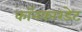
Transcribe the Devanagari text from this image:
कॉनकारडेट